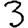
Digit: 3